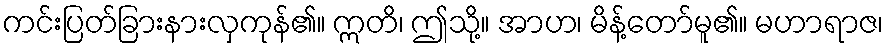
ကင်းပြတ်ခြားနားလှကုန်၏။ ဣတိ၊ ဤသို့။ အာဟ၊ မိန့်တော်မူ၏။ မဟာရာဇ၊